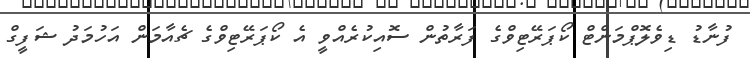
ފުނާޑު ޑިވެލޮޕްމަންޓް ކޯޕަރޭޓިވްގެ ފަރާތުން ސޮއިކުރެއްވީ އެ ކޯޕަރޭޓިވްގެ ޗެއާމަން އަހުމަދު ޝަފީގް